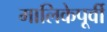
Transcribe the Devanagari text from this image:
मालिकेपूर्वी